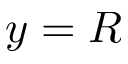
y = R